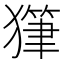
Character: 𤢇